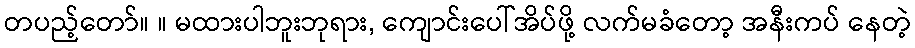
တပည့်တော်။ ။ မထားပါဘူးဘုရား, ကျောင်းပေါ်အိပ်ဖို့ လက်မခံတော့ အနီးကပ် နေတဲ့